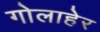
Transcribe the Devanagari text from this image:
गोलाहेर